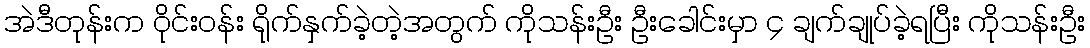
အဲဒီတုန်းက ဝိုင်းဝန်း ရိုက်နှက်ခဲ့တဲ့အတွက် ကိုသန်းဦး ဦးခေါင်းမှာ ၄ ချက်ချုပ်ခဲ့ရပြီး ကိုသန်းဦး